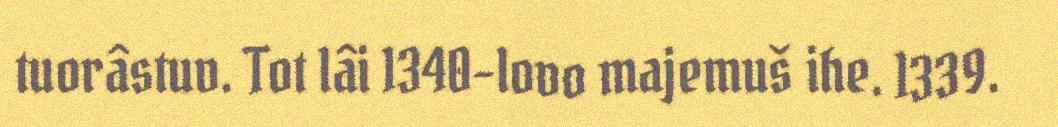
tuorâstuv. Tot lâi 1340-lovo majemuš ihe. 1339.